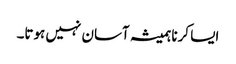
‏ ایسا کرنا ہمیشہ آسان نہیں ہوتا۔